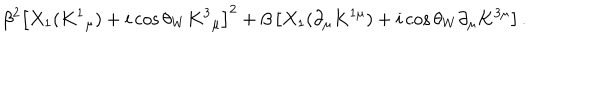
\beta ^ { 2 } \left[ X _ { 1 } ( K ^ { 1 } { } _ { \mu } ) + i \cos { \theta _ { W } } K ^ { 3 } { } _ { \mu } \right] ^ { 2 } + \beta \left[ X _ { 1 } ( \partial _ { \mu } K ^ { 1 \mu } ) + i \cos { \theta _ { W } } \partial _ { \mu } K ^ { 3 \mu } \right] .